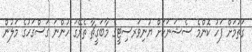
ގަތުމަށް ފަހު ކޮންމެ ސެޝަނަކަށް ޔުނިވަރސިޓީގެ މާބަގީޗާ ތެރޭގަ ހުންނަ ގަސްގަހުގެ މަލުން